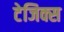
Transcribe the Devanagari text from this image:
टेजिक्स